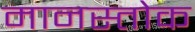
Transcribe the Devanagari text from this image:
मानस्तोक